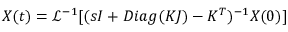
X ( t ) = \displaystyle { \mathcal { L } } ^ { - 1 } [ ( s I + D i a g ( K J ) - K ^ { T } ) ^ { - 1 } X ( 0 ) ]